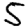
Digit: 5